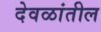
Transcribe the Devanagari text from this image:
देवळांतील